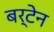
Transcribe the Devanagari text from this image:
बर्टेन